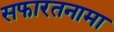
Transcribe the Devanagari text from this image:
सफारतनामा